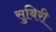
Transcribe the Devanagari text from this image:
सुबिरी